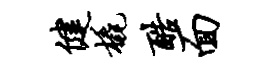
健橇酷面